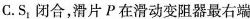
C.S S_{1} 闭合，滑片P在滑动变阻器最右端